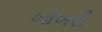
ખોખરી